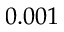
0 . 0 0 1